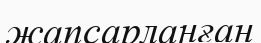
жапсарланған